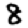
Digit: 8